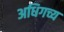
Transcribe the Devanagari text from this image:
अधिगच्य